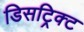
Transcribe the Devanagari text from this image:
डिसट्रिक्ट